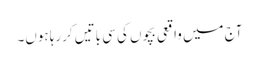
آج میں واقعی بچوں کی سی باتیں کررہا ہوں۔